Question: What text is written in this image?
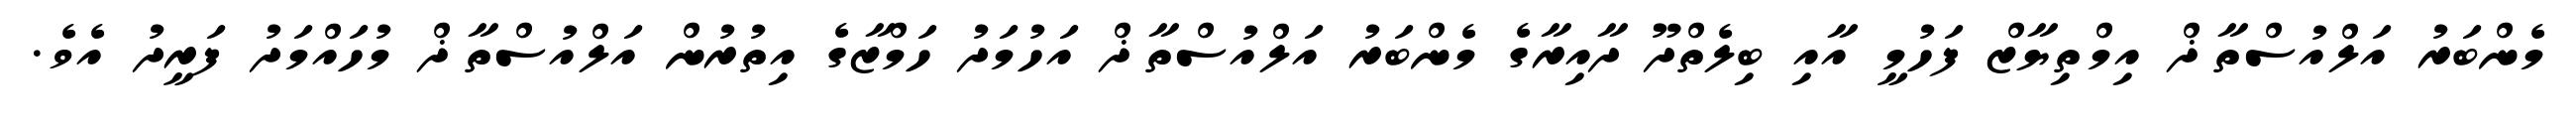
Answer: މެންބަރު އަލްއުސްތާޛް އިމްތިޔާޒް ފަހުމީ އާއި ބިލެތްދޫ ދާއިރާގެ މެންބަރު އަލްއުސްތާޛް އަހުމަދު ހަމްޒާގެ އިތުރުން އަލްއުސްތާޛް މުހައްމަދު ފަރީދު އެވެ.